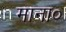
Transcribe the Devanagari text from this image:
माना०